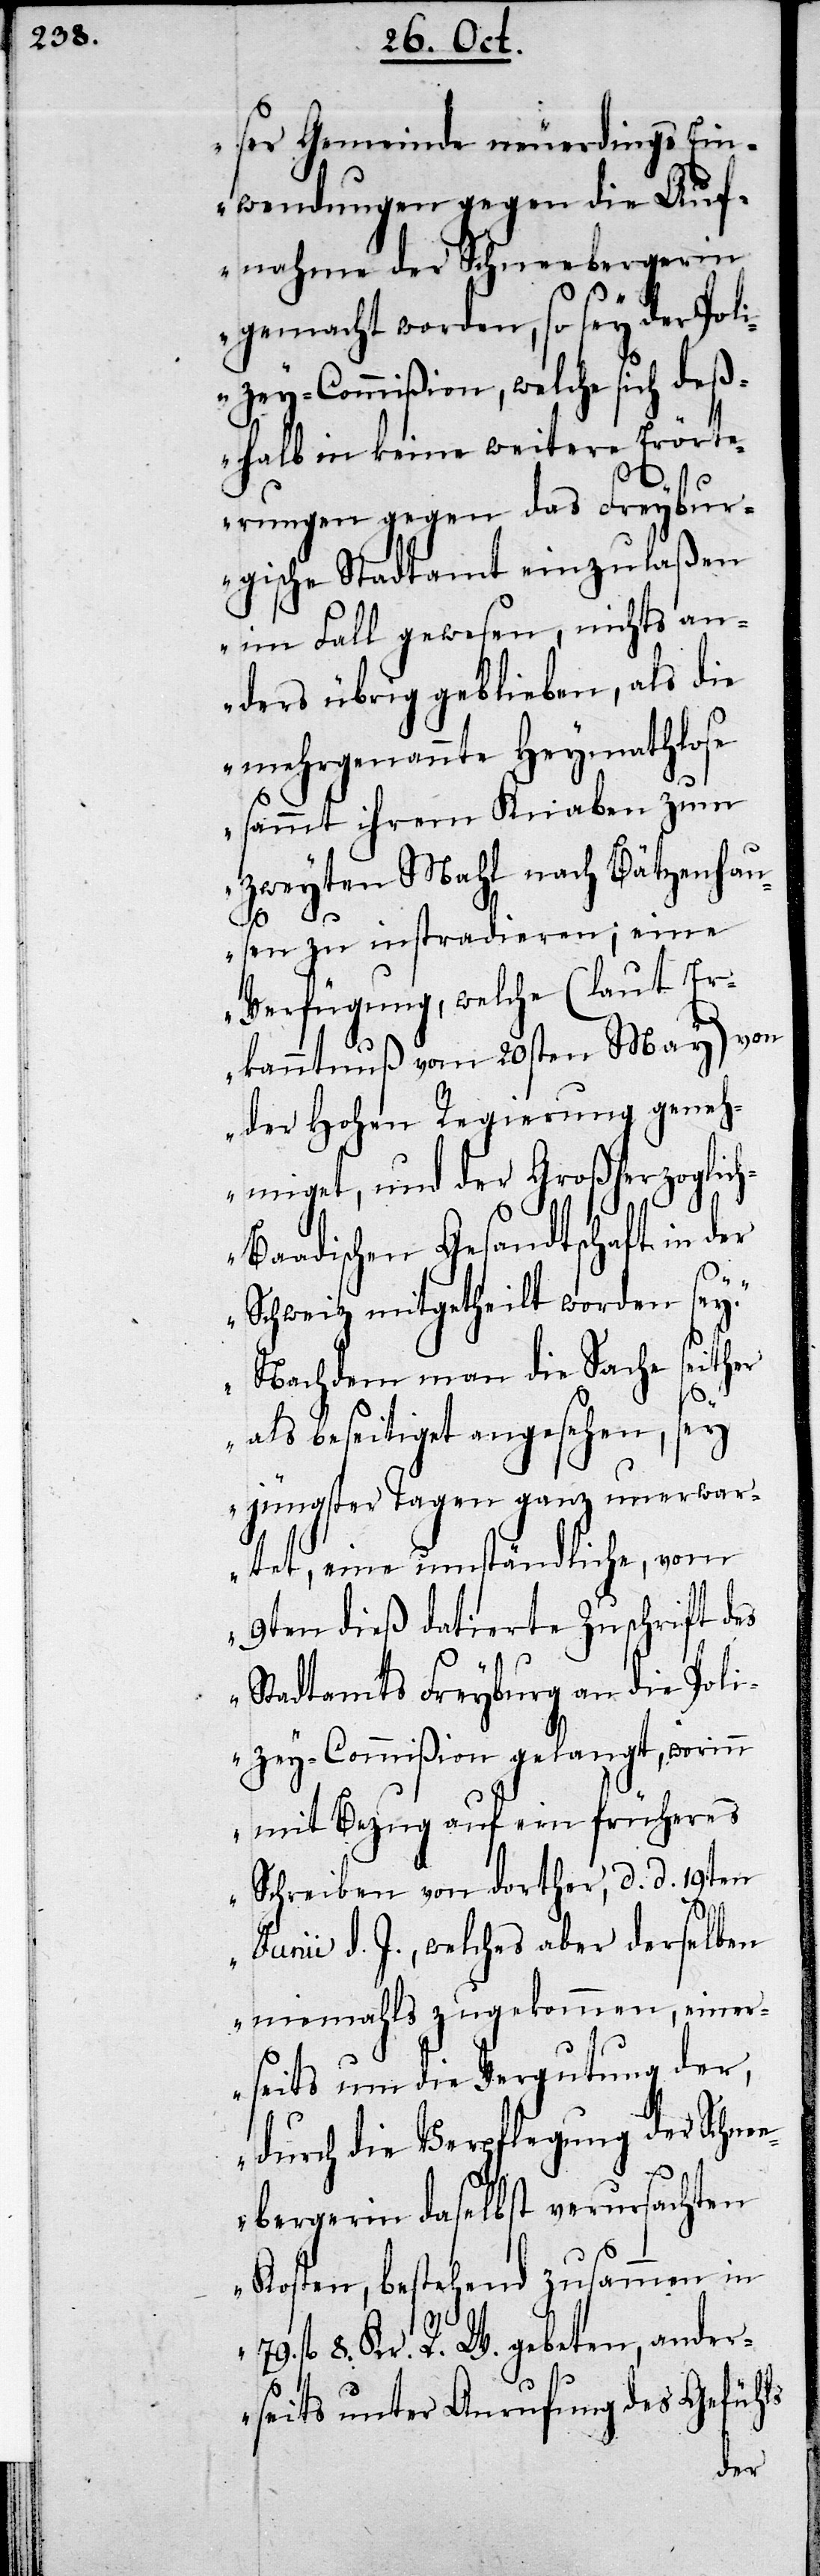
ser Gemeinde neuerdings Ein¬
wendungen gegen die Auf¬
nahme der Schneebergerin
gemacht worden, so sey der Poli¬
zey-Commißion, welche sich deß¬
halben in keine weitere Erört¬
erungen gegen das Freybur¬
gische Stadtamt einzulaßen
im Fall gewesen, nichts an¬
ders übrig geblieben, als die
mehrgenannte Heymathlose
sammt ihrem Knaben zum
zweyten Mahl nach Bätzenhau¬
sen zu instradieren; eine
Verfügung, welche (laut Er¬
kanntnuß vom 20sten May) von
der Hohen Regierung geneh¬
miget, und der Großherzoglic¬
h-Baadischen Gesandtschaft in der
Schweiz mitgetheilt worden sey.
Nachdem man die Sache seither
als beseitiget angesehen, sey
jüngster Tagen ganz unerwar¬
tet eine umständliche, vom
9ten dieß datierte Zuschrift des
Stadtamtes Freyburg an die Poli¬
zey-Commißion gelangt, worinn
mit Bezug auf ein früheres
Schreiben von dorther, d. d. 19ten
Junii d. J., welches aber derselben
niemahls zugekommen, einer¬
seits um die Vergutung der,
durch die Verpflegung der Schne¬
ebergerin daselbst verursachten
Kosten, bestehend zusammen in
79. fl 8. Kr. R. W. gebeten, ander¬
seits unter Anrufung des Gefühls